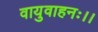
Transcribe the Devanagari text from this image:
वायुवाहनः।।